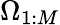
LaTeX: \Omega_{1:M}